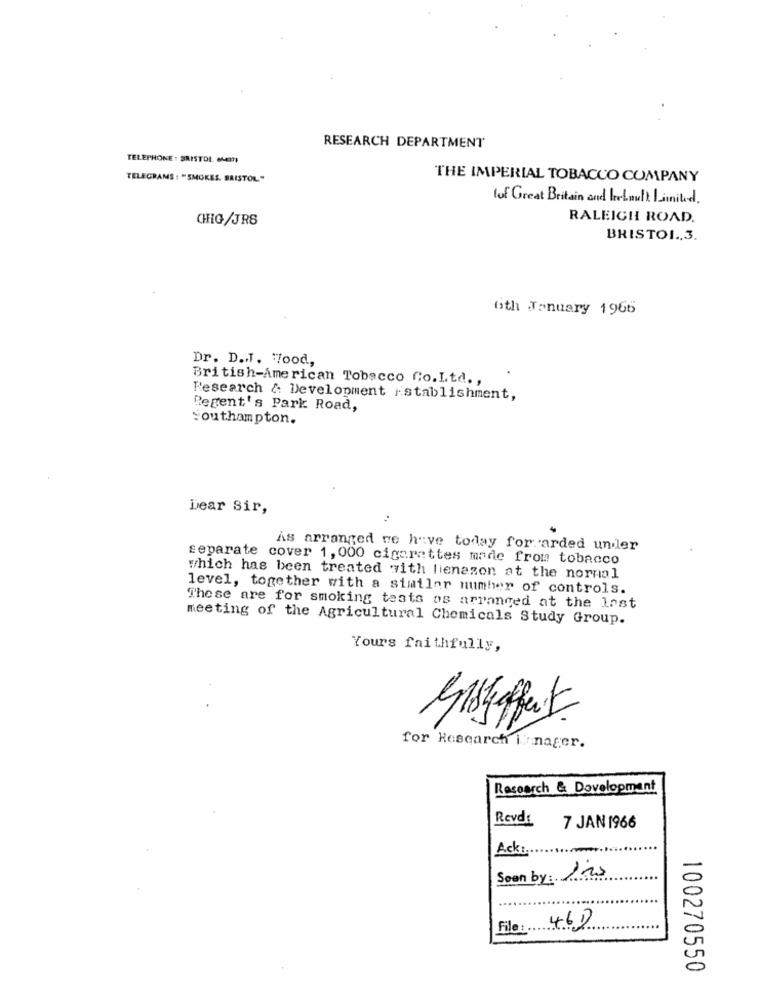
RESEARCH DEPARTMENT
TELEPHONE: BRISTOL. eMOTI
TELEGRAMS : "SMOKES. BRISTOL"
THE IMPERIAL TOBACCO COMPANY
lof Great Britain and bebuilt Linitid.
CHIG/JRS
RALEIGH ROAD.
BRISTOL ., 3.
Gth January 1966
Dr. D.J. "ood,
British-American Tobacco Co.Ltd .,
Research & Development istablishment,
Regent's Park Road,
Southampton.
Dear Sir,
As arranged we have today for arded under
separate cover 1, 000 cigarettes made from tobacco
which has been treated with lienazon at the normal
level, together with a similar numher of controls.
These are for smoking tests os arranged at the last
meeting of the Agricultural Chemicals Study Group.
Yours faithfully,
for Research i nager.
Research & Development
Revd:
7 JAN 1966
Ack :.
Soon by: 120
46)
File:
100270550